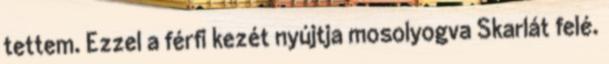
tettem. Ezzel a férfi kezét nyújtja mosolyogva Skarlát felé.